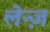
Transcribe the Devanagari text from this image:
लेन्ज़